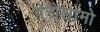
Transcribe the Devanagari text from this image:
गेरोलामो